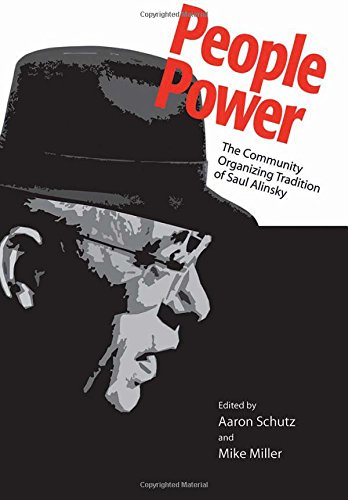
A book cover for People Power: The Community Organizing Tradition of Saul Alinsky; Business & Money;